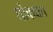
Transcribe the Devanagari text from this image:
धोक्‍यात